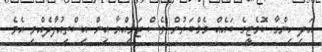
އަދި ހިންގާ ކޮމެޓީގެ ބައެއް މެމްބަރުން ވެސް ޖަމިއްޔާ އިން އިސްތިއުފާދެއްވި އެވެ.